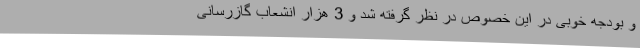
و بودجه خوبی در این خصوص در نظر گرفته شد و 3 هزار انشعاب گازرسانی